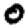
Digit: 0